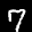
Label: 7